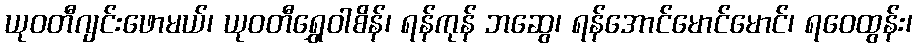
ယုဝတီဂျင်းဖောမယ်၊ ယုဝတီရွှေဝါစိန်၊ ရန်ကုန် ဘဆွေ၊ ရန်အောင်မောင်မောင်၊ ရဝေထွန်း၊